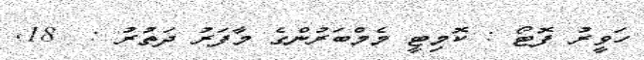
ހަވީރު ފޮޓޯ : ކޮމިޓީ މެމްބަރުންގެ މާފަރު ދަތުރު :  18